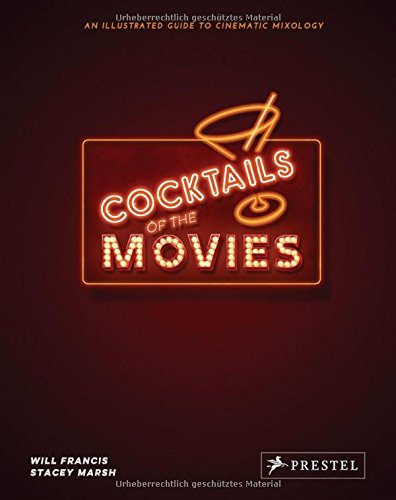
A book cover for Cocktails of the Movies: An Illustrated Guide to Cinematic Mixology; Will Francis; Humor & Entertainment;